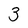
Character: 3